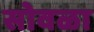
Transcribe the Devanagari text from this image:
सोवळा